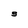
Character: S